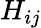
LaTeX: H_{ij}